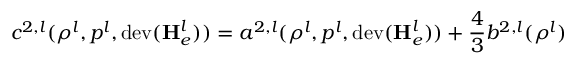
c ^ { 2 , l } ( \rho ^ { l } , p ^ { l } , \mathrm { d e v } ( \mathbf { H } _ { e } ^ { l } ) ) = a ^ { 2 , l } ( \rho ^ { l } , p ^ { l } , \mathrm { d e v } ( \mathbf { H } _ { e } ^ { l } ) ) + \frac { 4 } { 3 } b ^ { 2 , l } ( \rho ^ { l } )